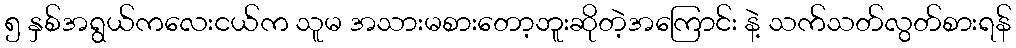
၅ နှစ်အရွယ်ကလေးငယ်က သူမ အသားမစားတော့ဘူးဆိုတဲ့အကြောင်း နဲ့ သက်သတ်လွတ်စားရန်